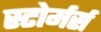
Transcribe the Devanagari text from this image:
स्टोर्मर्स